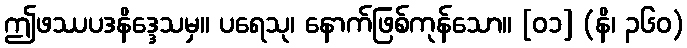
ဤဖဿပဒနိဒ္ဒေသမှ။ ပရေသု၊ နောက်ဖြစ်ကုန်သော။ [၀၁] (နိ၊ ၃၆၀)